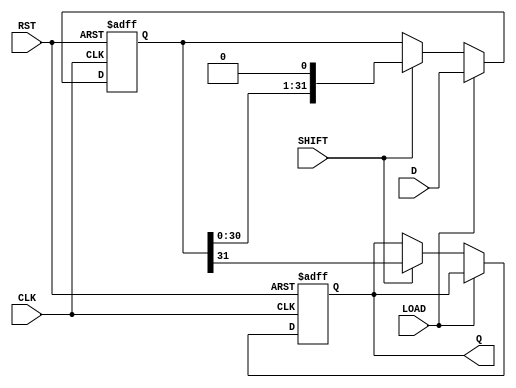
module PISO_Register (
    input wire [31:0] D,       // 32-bit data input
    input wire LOAD,           // Load control signal
    input wire SHIFT,          // Shift control signal
    input wire CLK,            // Clock signal
    input wire RST,            // Asynchronous reset signal
    output reg Q               // Serial output
);

    reg [31:0] shift_reg;      // 32-bit shift register

    // Asynchronous reset and data loading / shifting process
    always @(posedge CLK or posedge RST) begin
        if (RST) begin
            shift_reg <= 32'b0; // Clear the shift register
            Q <= 1'b0;          // Clear the serial output
        end else begin
            if (LOAD) begin
                shift_reg <= D; // Load data into the shift register
            end else if (SHIFT) begin
                Q <= shift_reg[31]; // Output the MSB to Q
                shift_reg <= {shift_reg[30:0], 1'b0}; // Shift right, LSB filled with 0
            end
        end
    end

endmodule